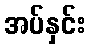
အပ်နှင်း